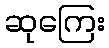
ဆုကြေး